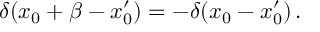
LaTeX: \delta ( x _ { 0 } + \beta - x _ { 0 } ^ { \prime } ) = - \delta ( x _ { 0 } - x _ { 0 } ^ { \prime } ) \, .